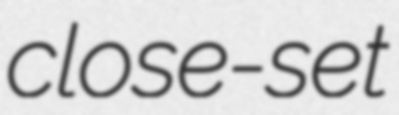
close-set